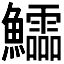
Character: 𱇉